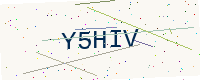
Text: Y5HIV